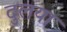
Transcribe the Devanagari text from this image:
दुलया